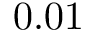
0 . 0 1